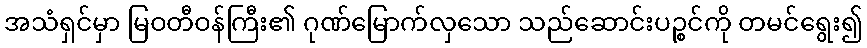
အသံရှင်မှာ မြဝတီဝန်ကြီး၏ ဂုဏ်မြောက်လှသော သည်ဆောင်းပဉ္စင်ကို တမင်ရွေး၍